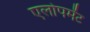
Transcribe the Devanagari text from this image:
एलोपमेंट